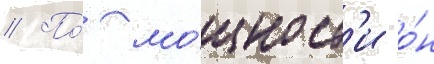
// По́ мо́щност'и о́н